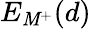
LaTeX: E_{\mathit{M}^{+}}(d)